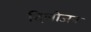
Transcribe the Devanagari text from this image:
दिलीजन